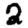
Digit: 2